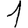
Digit: 1